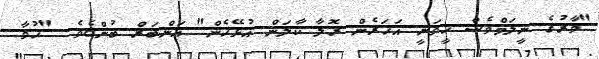
"ވާރުގެ ނީލަމްވެސް ހީވަނީ އަހަރެން ރޮލާ ކާލަން އުޅޭހެން" އަންބަރް ބުންޏެވެ. "ހުވާ